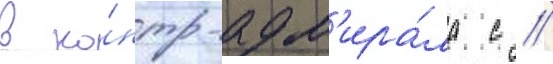
в ко́нтр-адм'ира́ла с //